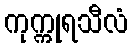
ကုက္ကုရသီလံ